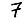
Digit: 7